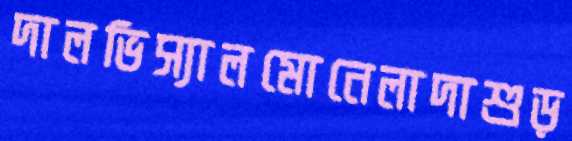
দালভিস্যালমোনেলাদাশুড়